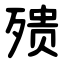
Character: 㱮